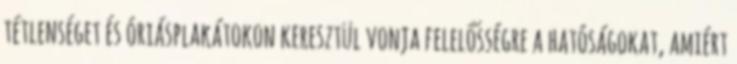
tétlenséget és óriásplakátokon keresztül vonja felelősségre a hatóságokat, amiért